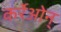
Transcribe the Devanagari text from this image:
कर्रेओन्